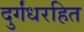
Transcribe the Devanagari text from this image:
दुर्गंधरहित